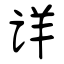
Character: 详